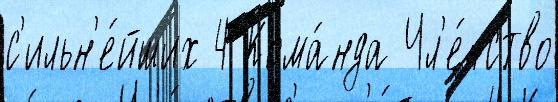
с'ильн'е́йших 4 Кома́нда Чл'е́нство